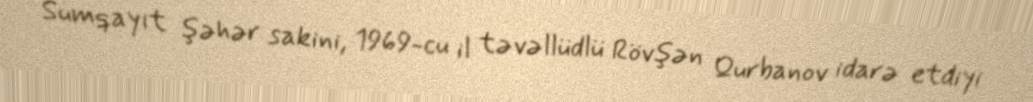
Sumqayıt şəhər sakini, 1969-cu il təvəllüdlü Rövşən Qurbanov idarə etdiyi